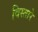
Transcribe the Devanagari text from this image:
विस्तारे